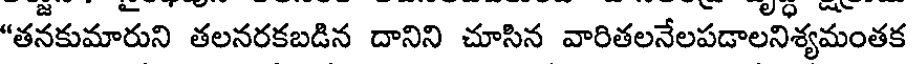
"తనకుమారుని తలనరకబడిన దానిని చూసిన వారితలనేలపడాలనిశ్యమంతక